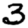
Digit: 3